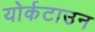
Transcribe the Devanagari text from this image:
योर्कटाउन